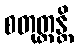
စတုတ္ထန္တိ